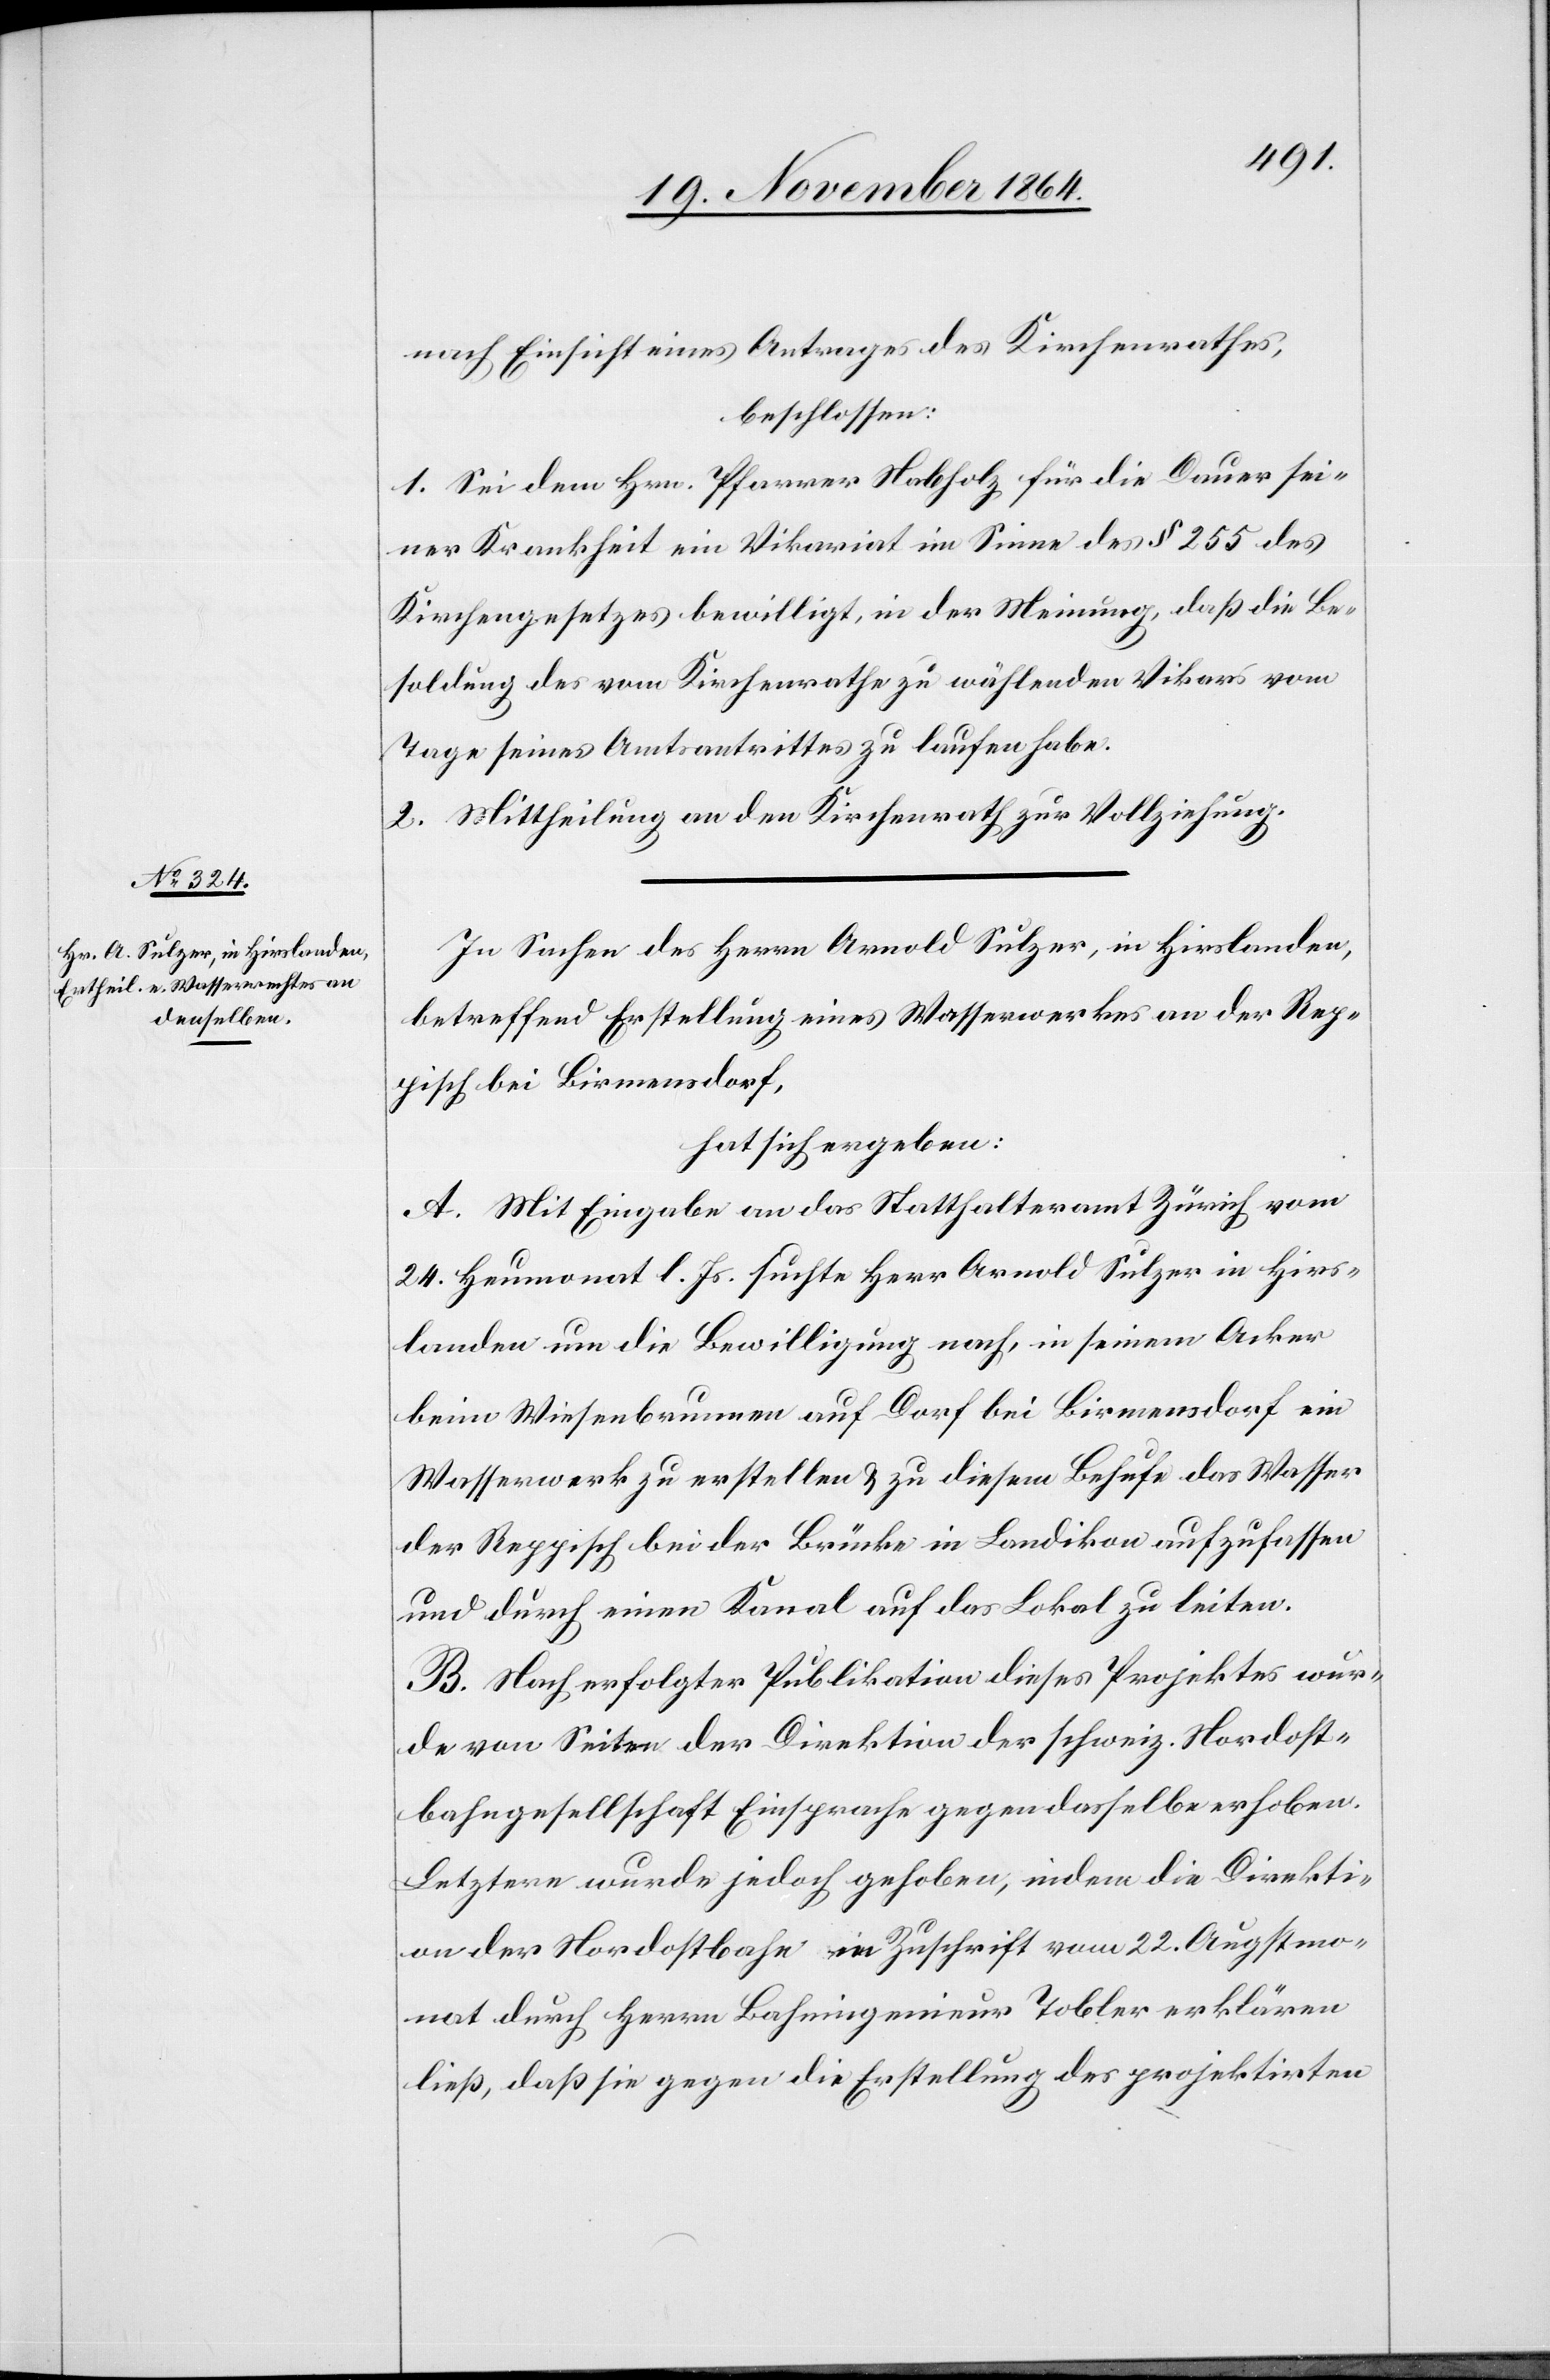
nach Einsicht eines Antrages des Kirchenrathes,
beschlossen:
1. Sei dem Hrn. Pfarrer Nabholz für die Dauer sei¬
ner Krankheit ein Vikariat im Sinne des § 255 des
Kirchengesetzes bewilligt, in der Meinung, daß die Be¬
soldung des vom Kirchenrathe zu wählenden Vikars vom
Tage seines Amtsantrittes zu laufen habe.
2. Mittheilung an den Kirchenrath zur Vollziehung.
In Sachen des Herrn Arnold Sulzer, in Hirslanden,
betreffend Erstellung eines Wasserwerkes an der Rep¬
pisch bei Birmensdorf,
hat sich ergeben:
A. Mit Eingabe an das Statthalteramt Zürich vom
24. Herbstmonat l. Js. suchte Herr Arnold Sulzer in Hirs¬
landen um die Bewilligung nach, in seinem Acker
bei Wiesenbrunnen auf Dorf bei Birmensdorf ein
Wasserwerk zu erstellen & zu diesem Behufe das Wasser
der Reppisch bei der Brücke in Landikon aufzufassen
und durch einen Kanal auf das Lokal zu leiten.
B. Nach erfolgter Publikation dieses Projektes wur¬
de von Seiten der Direktion der schweiz. Nordost¬
bahngesellschaft Einsprache gegen dasselbe erhoben.
Letztere wurde jedoch gehoben, indem die Direkti¬
on der Nordostbahn in Zuschrift vom 22. Augstmo¬
nat durch Herrn Bahningenieur Tobler erklären
ließ, daß sie gegen die Erstellung des projektirten